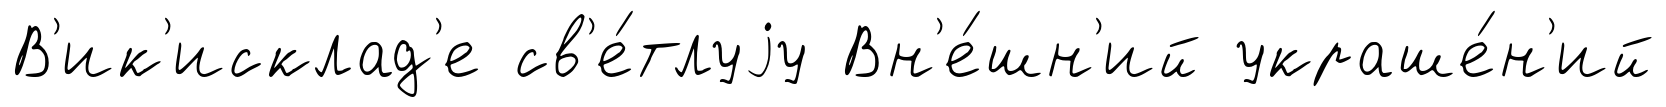
В'ик'исклад'е св'е́тлуjу Вн'е́шн'ий украше́н'ий